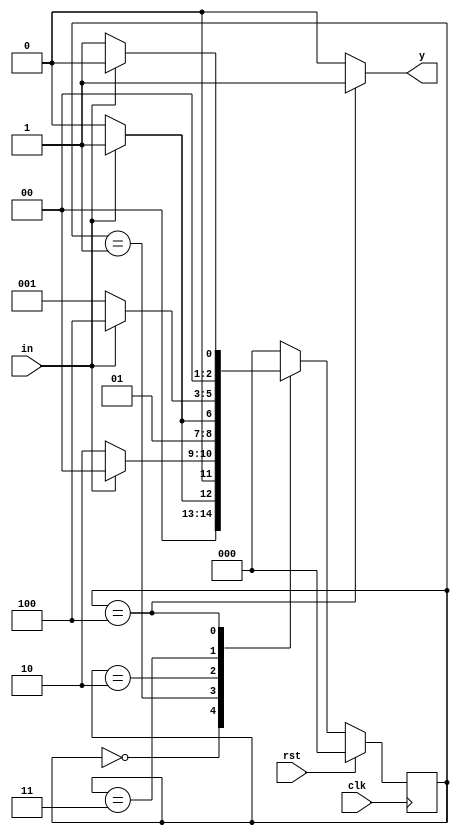
module des_moore #(parameter S0=3'b000,S1=3'b001,S2=3'b010,S3=3'b011,S4=3'b100) (output reg y, input in,rst,clk);

reg [2:0] pstate,nstate;

//Sequential circuit
always@(posedge clk)
begin
    if (rst)
        pstate<=S0;
    else
        pstate<=nstate;
end
//Combinational circuit
always@(in,pstate)
begin
    case(pstate)
    S0:nstate<=in ? S1:S0;
    S1:nstate<=in ? S0:S2;
    S2:nstate<=in ? S3:S2;
    S3:nstate<=in ? S4:S1;
    S4:nstate<=in ? S0:S1;
    default:nstate<=S0;
    endcase
end

//Output
always@(pstate)
begin
    case (pstate)
    S0:y<=1'b0;
    S1:y<=1'b0;
    S2:y<=1'b0;
    S3:y<=1'b0;
    S4:y<=1'b1;
    default:y<=1'b0;
    endcase
end
endmodule